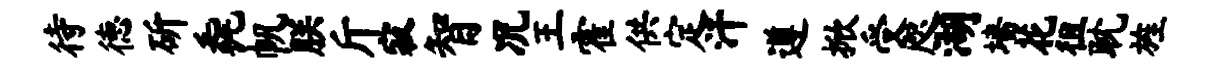
待德斫毳帆朕斤寂智况王霍供定汗遵掀受咫湖墙花徂耽旌